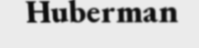
Huberman